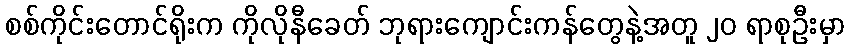
စစ်ကိုင်းတောင်ရိုးက ကိုလိုနီခေတ် ဘုရားကျောင်းကန်တွေနဲ့အတူ ၂၀ ရာစုဦးမှာ